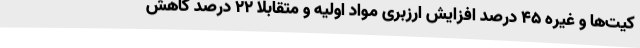
کیت‌ها و غیره ۴۵ درصد افزایش ارزبری مواد اولیه و متقابلا ۲۲ درصد کاهش